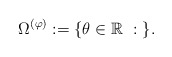
\begin{align*}\Omega^{(\varphi)}:=\{\theta\in{\mathbb R}\ :\ \}.\end{align*}